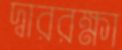
দ্বাররক্ষা